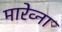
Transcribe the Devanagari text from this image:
मारेव्ना